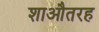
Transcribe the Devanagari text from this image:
शाऔतरह